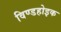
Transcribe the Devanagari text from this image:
विण्डहोइक